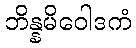
ဘိန္နမိဝေါဒကံ